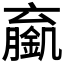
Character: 𬫼